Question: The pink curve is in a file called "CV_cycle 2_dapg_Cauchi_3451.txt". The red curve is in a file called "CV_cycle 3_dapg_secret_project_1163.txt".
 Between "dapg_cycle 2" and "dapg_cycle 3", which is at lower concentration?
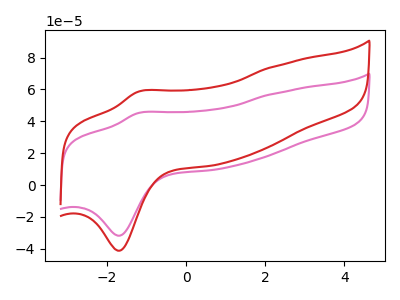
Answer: <think>The pink curve "dapg_cycle 2" has an anodic peak at (-1.20V, 45.15uA) and a cathodic peak at (-1.70V, -31.80uA). The red curve "dapg_cycle 3" has an anodic peak at (-1.20V, 58.55uA) and a cathodic peak at (-1.70V, -41.25uA).
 All the peaks in "dapg_cycle 2" have a peak in "dapg_cycle 3" at the same potential. Every peak in "dapg_cycle 2" is lower than every peak in "dapg_cycle 3".</think>
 <answer>"dapg_cycle 2" has less signal than "dapg_cycle 3" and so likely has a lower concentration.</answer>
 <eval>less_concentration</eval>